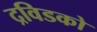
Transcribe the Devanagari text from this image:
द्रविडको